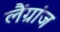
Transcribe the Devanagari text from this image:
लैंग्रांज